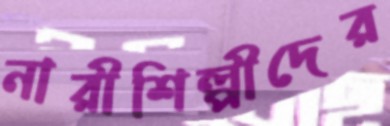
নারীশিল্পীদের